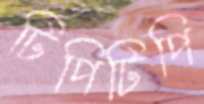
টিপিটিপি